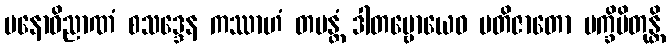
မနောဝိညာဏံ စသဒ္ဒေန ကဿာဟံ တပန္တံ ဒါတဗ္ဗောယေဝ ပတိဇာတော ပက္ခိပိတုန္တိ